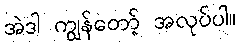
အဲဒါ ကျွန်တော့် အလုပ်ပါ။